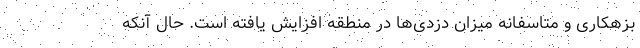
بزهکاری و متاسفانه میزان دزدی‌ها در منطقه افزایش یافته است. حال آنکه